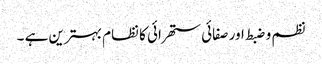
نظم و ضبط اور صفائی ستھرائی کا نظام بہترین ہے ۔